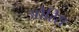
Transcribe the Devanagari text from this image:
ओरिस